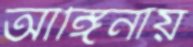
আঙ্গিনায়